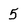
Character: 5